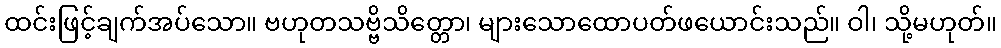
ထင်းဖြင့်ချက်အပ်သော။ ဗဟုတသဗ္ဗိသိတ္တော၊ များသောထောပတ်ဖယောင်းသည်။ ဝါ၊ သို့မဟုတ်။